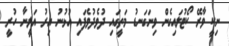
ނިކީ ވާރޭ ކޯޓުލައިގެން ވިނަގަނޑު މަތީގައި ދުވެދުވެފައި އުޅުނު އިރު އަލީނާ ހުރީ